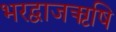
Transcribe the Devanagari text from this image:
भरद्वाजऋषि